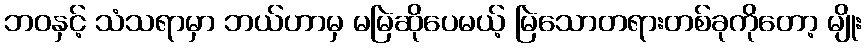
ဘဝနှင့် သံသရာမှာ ဘယ်ဟာမှ မမြဲဆိုပေမယ့် မြဲသောတရားတစ်ခုကိုတော့ မျိုး